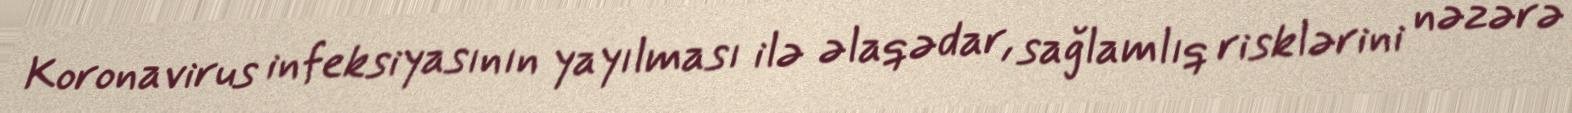
Koronavirus infeksiyasının yayılması ilə əlaqədar, sağlamlıq risklərini nəzərə